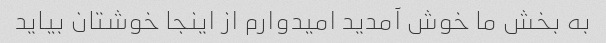
به بخش ما خوش آمدید امیدوارم از اینجا خوشتان بیاید